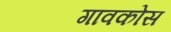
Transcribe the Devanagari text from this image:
गावकोस